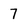
Character: 7